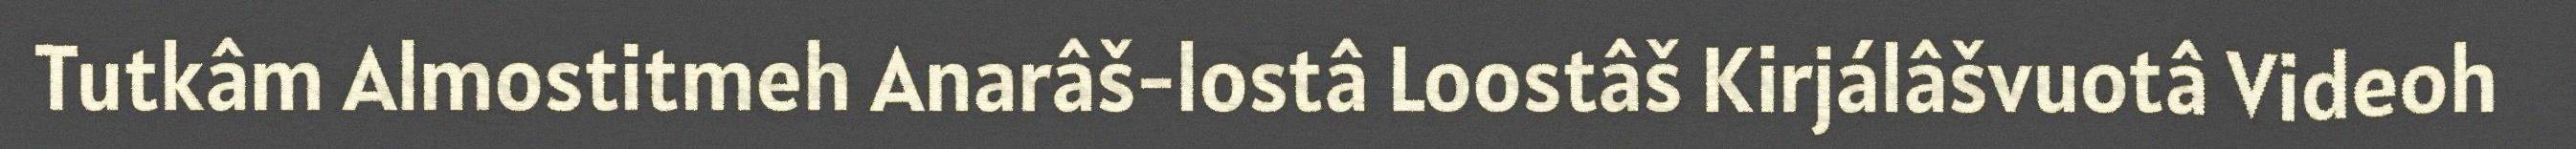
Tutkâm Almostitmeh Anarâš-lostâ Loostâš Kirjálâšvuotâ Videoh